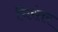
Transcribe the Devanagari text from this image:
चिरंतर